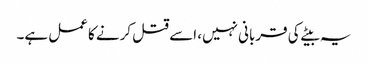
یہ بیٹے کی قربانی نہیں، اسے قتل کرنے کا عمل ہے۔